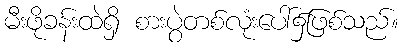
မီးဖိုခန်းထဲရှိ စားပွဲတစ်လုံးပေါ်၌ဖြစ်သည်။